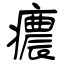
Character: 癑